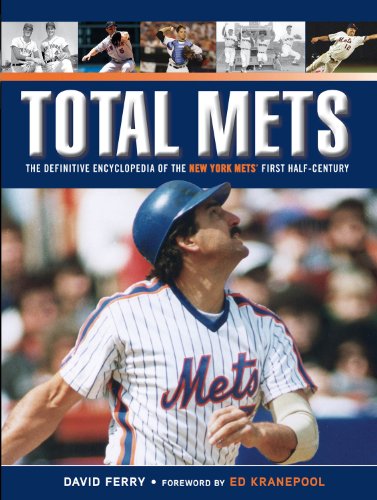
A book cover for Total Mets: The Definitive Encyclopedia of the New York Mets' First Half-Century; David Ferry; Reference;